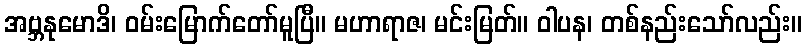
အဗ္ဘနုမောဒိ၊ ဝမ်းမြောက်တော်မူပြီ။ မဟာရာဇ၊ မင်းမြတ်။ ဝါပန၊ တစ်နည်းသော်လည်း။